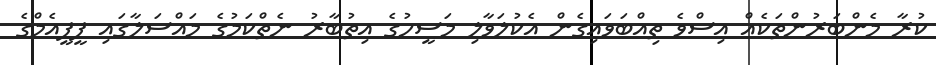
ކުރާ މެންބަރުންތަކެއް އިސްވެ ތިއްބަވައިގެން އެކުލަވާލި މަސީހުގެ އިތުބާރު ނެތްކަމުގެ މައްސަލާގައި ޕީޕީއެމްގެ